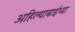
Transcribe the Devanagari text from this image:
अहिल्याबाईच्या